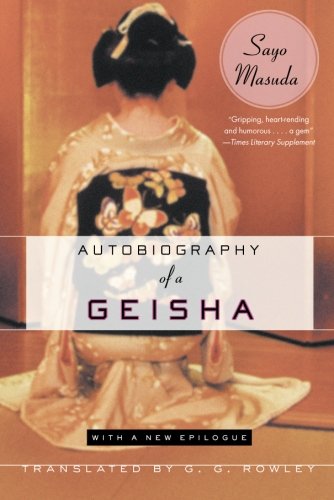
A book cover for Autobiography of a Geisha; Sayo Masuda; Biographies & Memoirs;